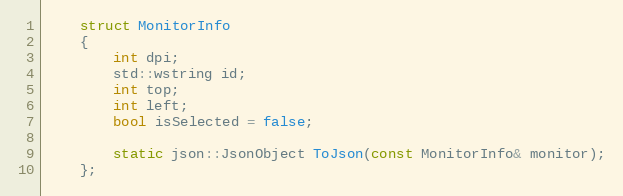
Language: C
    struct MonitorInfo
    {
        int dpi;
        std::wstring id;
        int top;
        int left;
        bool isSelected = false;

        static json::JsonObject ToJson(const MonitorInfo& monitor);
    };